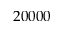
2 0 0 0 0